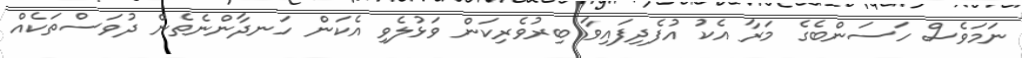
ނަމަވެސް ހަސަންބެގެ މަރާ އެކު އުފެދިފައިވާ ބިރުވެރިކަން ވަޅުލެވި އެކަން ހަނދާންނެތެން ދުވަސްތަކެއް